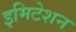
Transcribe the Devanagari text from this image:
इमिटेशन